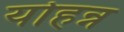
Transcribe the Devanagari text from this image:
योहन्न